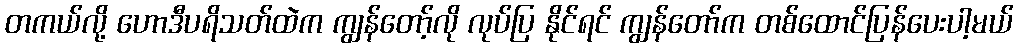
တကယ်လို့ ဟောဒီပရိသတ်ထဲက ကျွန်တော့်လို လုပ်ပြ နိုင်ရင် ကျွန်တော်က တစ်ထောင်ပြန်ပေးပါ့မယ်